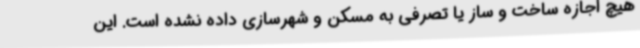
هیچ اجازه ساخت و ساز یا تصرفی به مسکن و شهرسازی داده نشده است. این